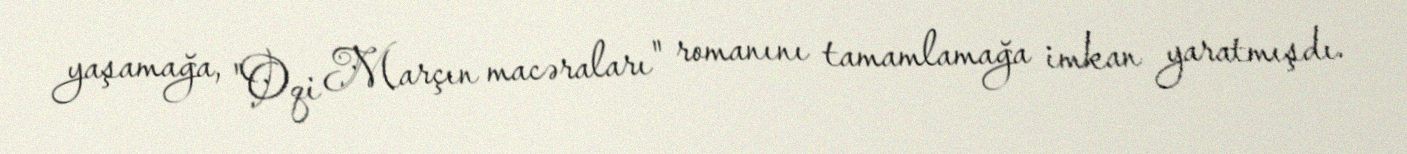
yaşamağa, "Oqi Marçın macəraları" romanını tamamlamağa imkan yaratmışdı.